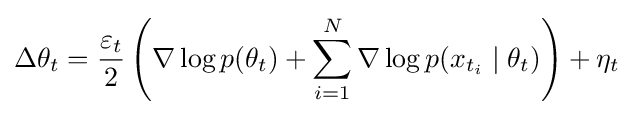
\Delta \theta _{t}={\frac {\varepsilon _{t}}{2}}\left(\nabla \log p(\theta _{t})+\sum _{i=1}^{N}\nabla \log p(x_{t_{i}}\mid \theta _{t})\right)+\eta _{t}